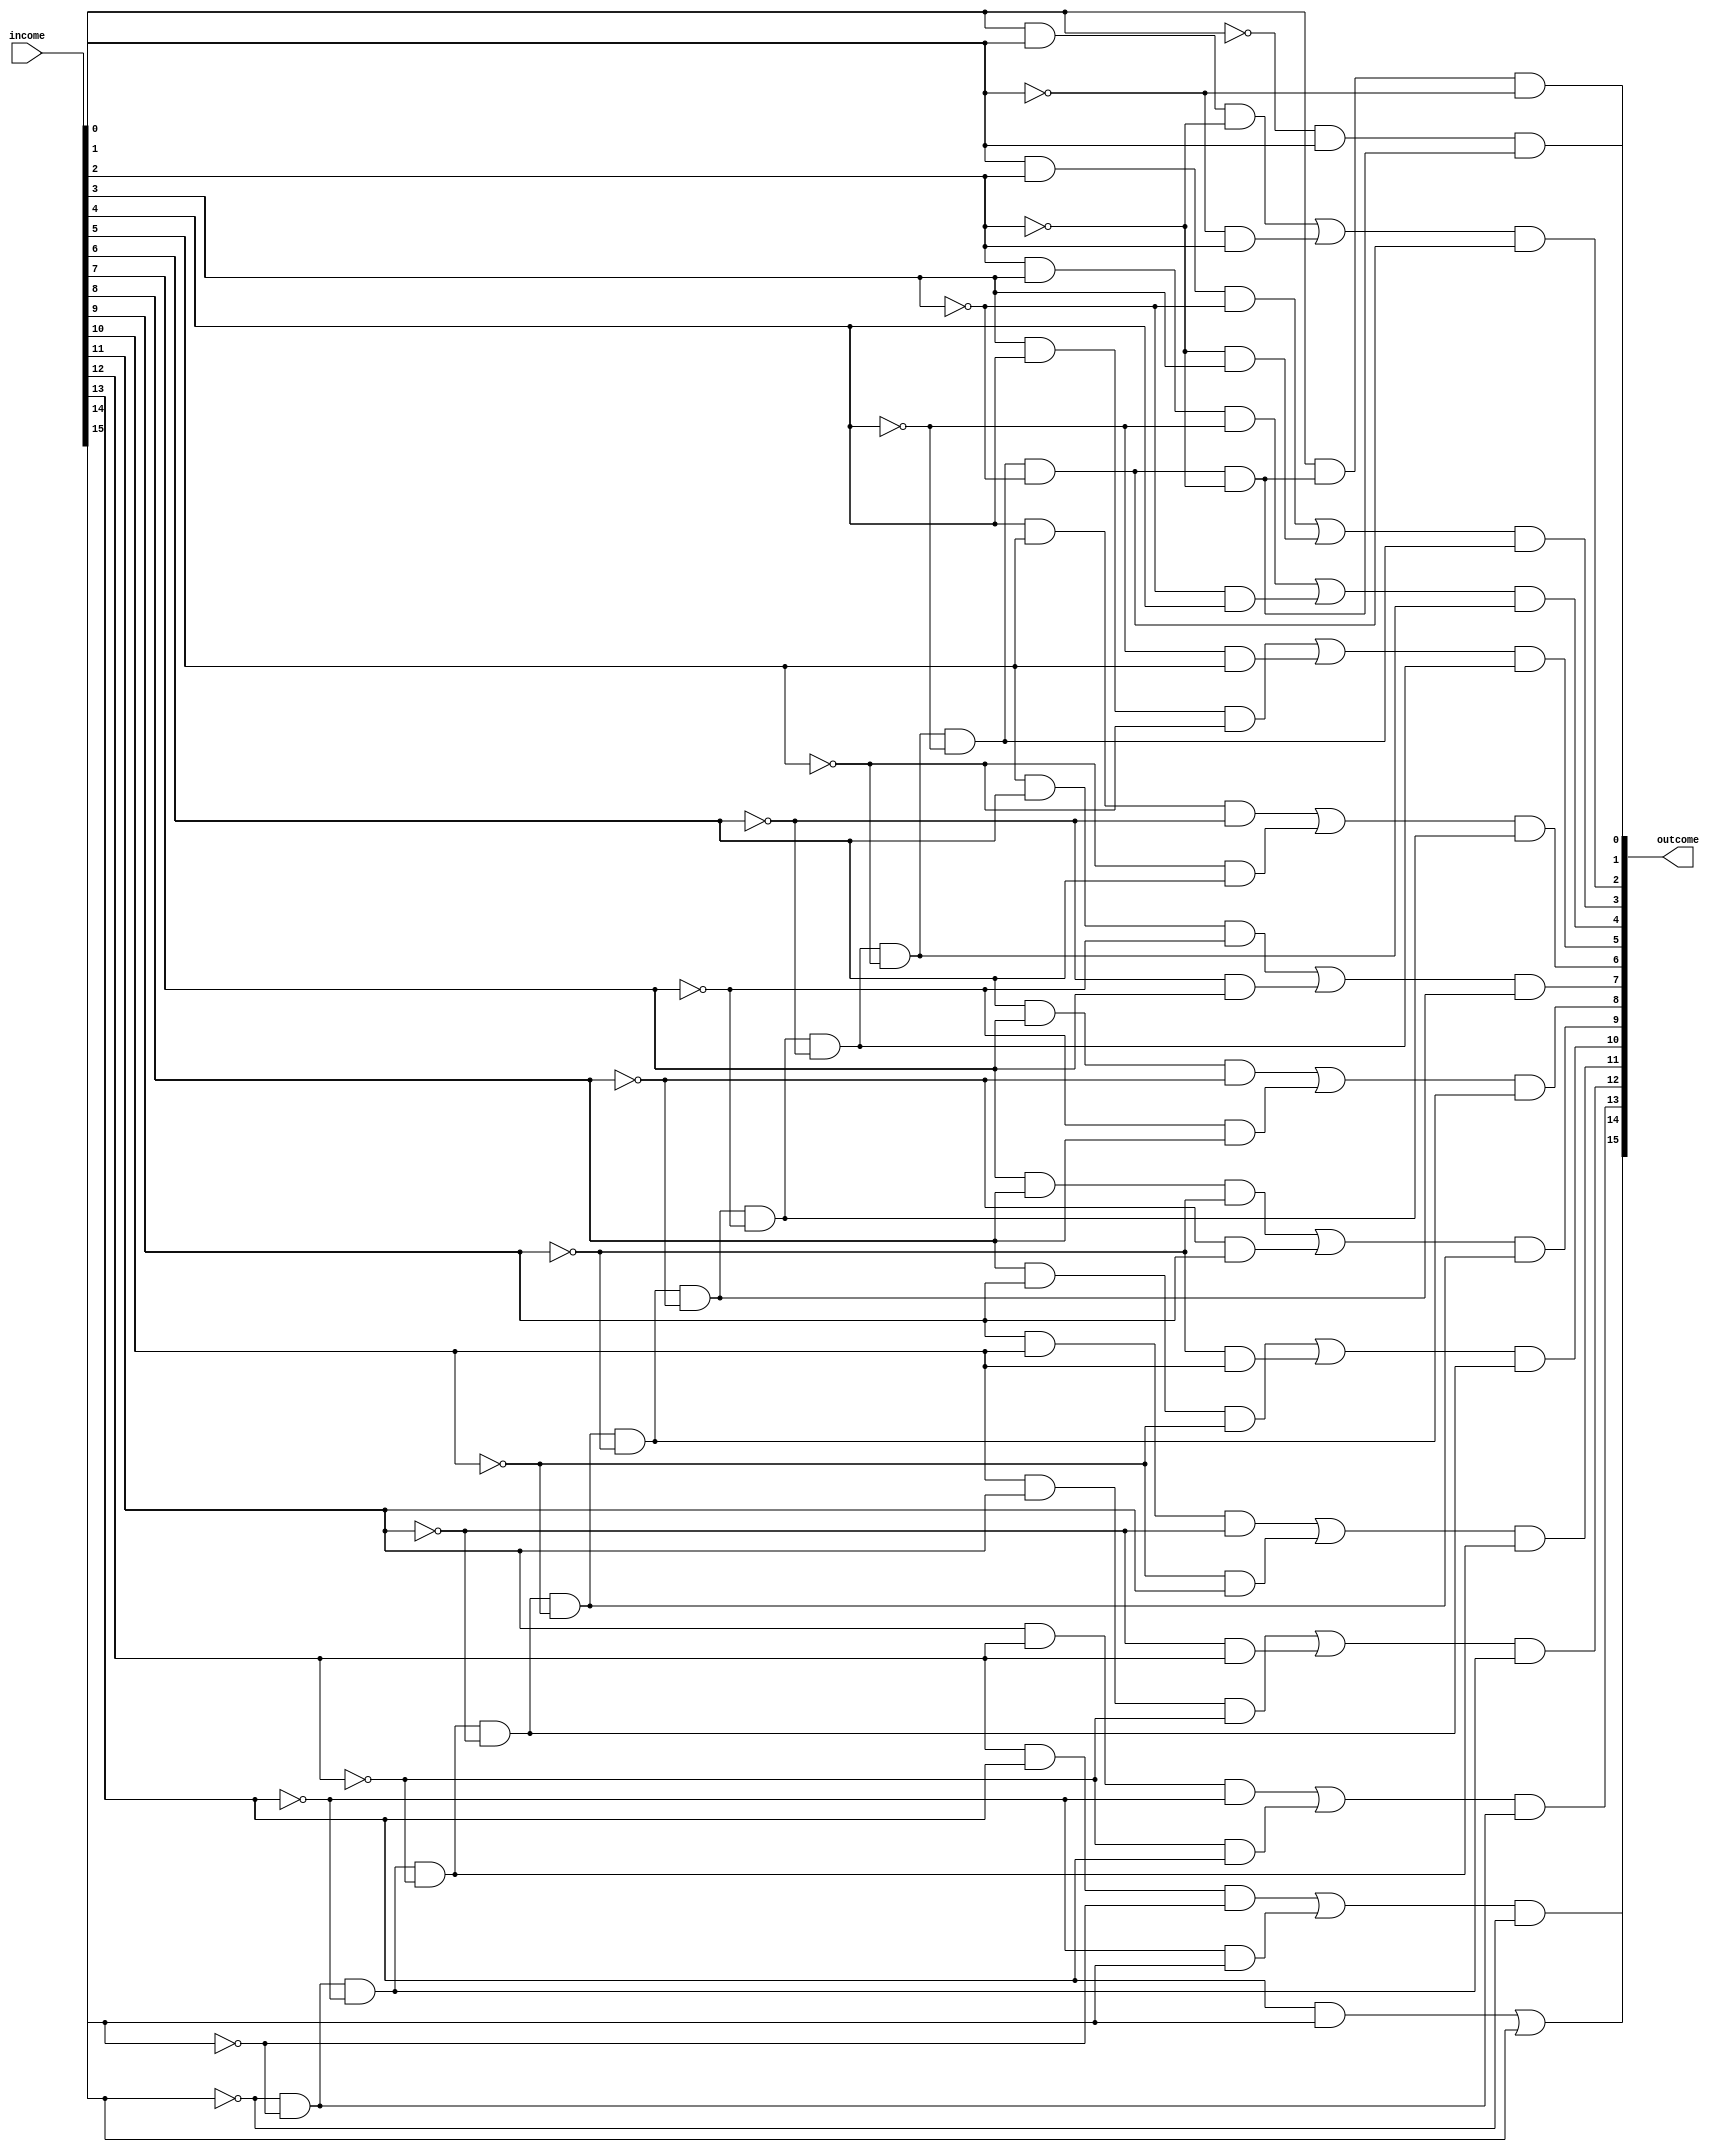
module NOD (
    input wire [15:0] income,
    output wire [15:0] outcome
);
    wire [13:0] T/*verilator split_var*/;
    
    assign T[0] = ~income[15];
    assign T[1] = T[0] & (~income[14]);
    assign T[2] = T[1] & (~income[13]);
    assign T[3] = T[2] & (~income[12]);
    assign T[4] = T[3] & (~income[11]);
    assign T[5] = T[4] & (~income[10]);
    assign T[6] = T[5] & (~income[9]);
    assign T[7] = T[6] & (~income[8]);
    assign T[8] = T[7] & (~income[7]);
    assign T[9] = T[8] & (~income[6]);
    assign T[10] = T[9] & (~income[5]);
    assign T[11] = T[10] & (~income[4]);
    assign T[12] = T[11] & (~income[3]);
    assign T[13] = T[12] & (~income[2]);


    //-------------------------------------//

    assign outcome[0] = income[0] & T[13] & ~income[1];
    assign outcome[1] = (~income[0] & income[1]) & T[13];
    assign outcome[2] = ((income[0] & income[1] & ~income[2]) || (~income[1] & income[2])) & T[12];
    assign outcome[3] = ((income[1] & income[2] & ~income[3]) || (~income[2] & income[3])) & T[11];
    assign outcome[4] = ((income[2] & income[3] & ~income[4]) || (~income[3] & income[4])) & T[10];
    assign outcome[5] = ((income[3] & income[4] & ~income[5]) || (~income[4] & income[5])) & T[9];
    assign outcome[6] = ((income[4] & income[5] & ~income[6]) || (~income[5] & income[6])) & T[8];
    assign outcome[7] = ((income[5] & income[6] & ~income[7]) || (~income[6] & income[7])) & T[7];
    assign outcome[8] = ((income[6] & income[7] & ~income[8]) || (~income[7] & income[8])) & T[6];
    assign outcome[9] = ((income[7] & income[8] & ~income[9]) || (~income[8] & income[9])) & T[5];
    assign outcome[10] = ((income[8] & income[9] & ~income[10]) || (~income[9] & income[10])) & T[4];
    assign outcome[11] = ((income[9] & income[10] & ~income[11]) || (~income[10] & income[11])) & T[3];
    assign outcome[12] = ((income[10] & income[11] & ~income[12]) || (~income[11] & income[12])) & T[2];
    assign outcome[13] = ((income[11] & income[12] & ~income[13]) || (~income[12] & income[13])) & T[1];
    assign outcome[14] = ((income[12] & income[13] & ~income[14]) || (~income[13] & income[14])) & T[0];
    assign outcome[15] = (income[13] & income[14]) || income[15];
    
endmodule